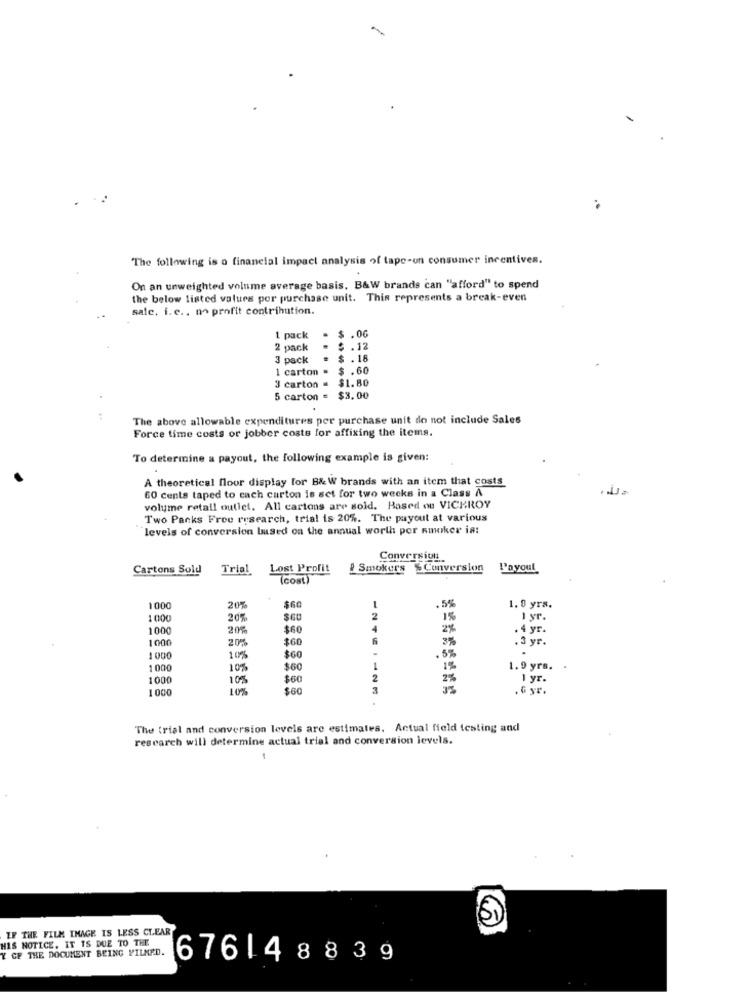
-
The following is o financial impact analysis of tape-on consumer incentives.
On an unweighted volume average basis, B&W brands can "afford" to spend
the below listed values por purchase unit. This represents a break-even
sale. i. c ., no profit contribution.
1 pack
.
$ .06
2 pack
= $ .12
3 pack
= $.18
1 carton
$ .60
3 carton = $1.80
5 carton = $3.00
The above allowable expenditures per purchase unit do not include Sales
Force time costs or jobber costs for affixing the items.
To determine a payout, the following example is given:
A theoretical floor display for B& W brands with an item that costs
60 cents taped to cach carton is set for two weeks in a Class A
volume retail outlet. All cartons are sold. Based ou VICEROY
Two Packs Free research, trial is 20%. The payout at various
levels of conversion based on the annual worth por smoker is:
Conversion
Cartons Sold
Trial
Lost Profit
! Smokers % Conversion
L'ayoul
(cost)
1000
20%
$60
. 55
1. 0 yrs.
100
20%
1%
1 yr.
1000
20%
$60
2%
. 4 yr.
1000
20%
$60
3%
. 3 yr.
1000
10%
$60
1000
10%
$60
1%
1.9 yrs. .
1000
10%
$60
2%
1 yr.
1000
10%
$60
G yr.
The trial and conversion levels are estimates. Actual field testing and
rescarch will determine actual trial and conversion levels.
IF THE FILM IMAGE IS LESS CLEAR
HIS NOTICE, IT IS DUE TO THE
Y GF THE DOCUMENT BEING FILMED.
676148839